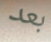
بعد